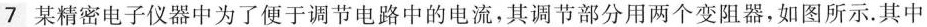
7 某精密电子仪器中为了便于调节电路中的电流，其调节部分用两个变阻器，如图所示。其中